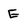
Character: E